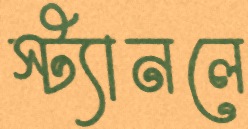
স্ট্যানলে